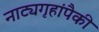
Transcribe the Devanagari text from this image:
नाट्यगृहांपैकी